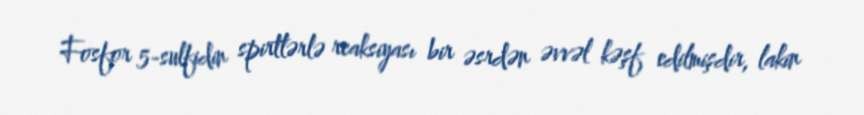
Fosfor 5-sulfidin spirtlərlə reaksiyası bir əsrdən əvvəl kəşf edilmişdir, lakin